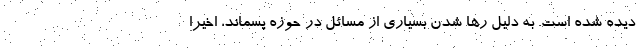
دیده شده است. به دلیل رها شدن بسیاری از مسائل در حوزه پسماند، اخیراً